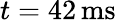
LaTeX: t=42\, \mathrm{ms}